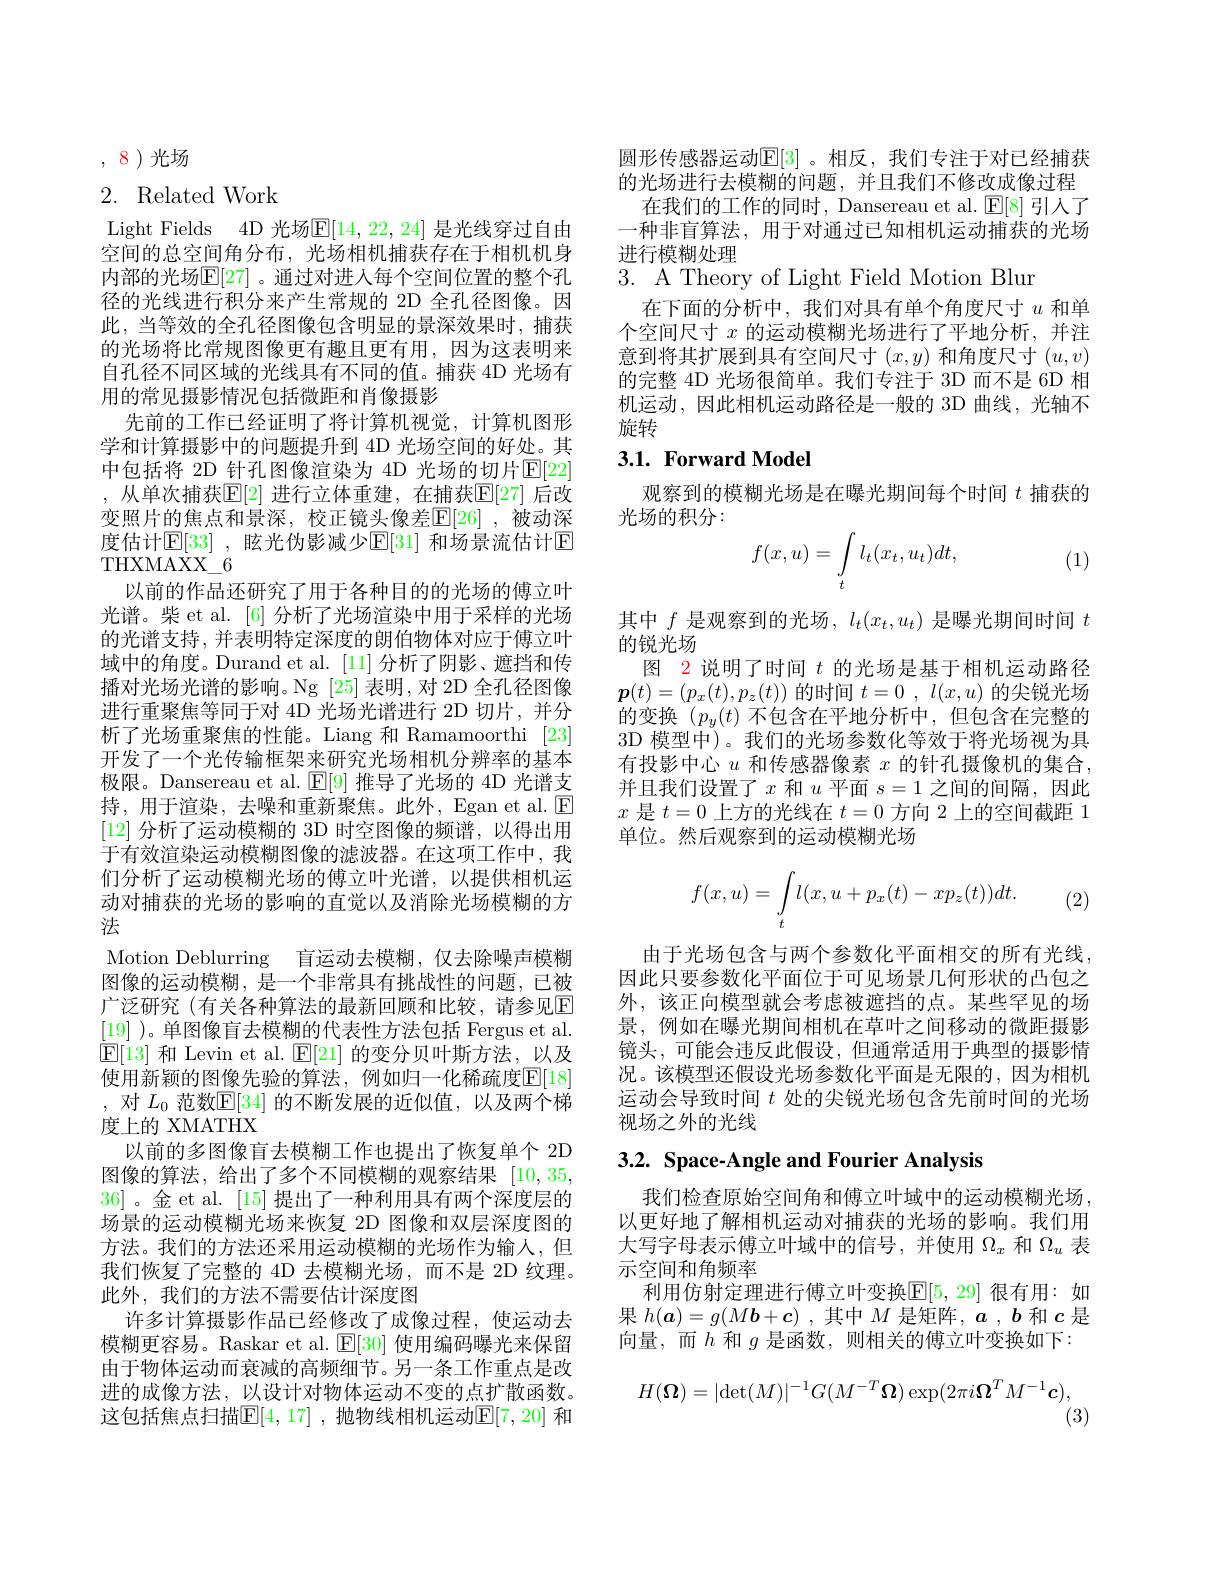
,8)光场

## 2. Related Work

Light Fields 4D 光场$\mathbb{E}[14,22,24]$ 是光线穿过自由空间的总空间角分布，光场相机捕获存在于相机机身内部的光场$\mathbb{E}[27]$ 。通过对进入每个空间位置的整个孔径的光线进行积分来产生常规的 2D 全孔径图像。因此，当等效的全孔径图像包含明显的景深效果时，捕获的光场将比常规图像更有趣且更有用，因为这表明来自孔径不同区域的光线具有不同的值。捕获 4D 光场有用的常见摄影情况包括微距和肖像摄影
先前的工作已经证明了将计算机视觉，计算机图形学和计算摄影中的问题提升到 4D 光场空间的好处。其中包括将 2D 针孔图像渲染为 4D 光场的切片$\operatorname{E}[22]$ ,从单次捕获$\mathbb{E}[2]$ 进行立体重建，在捕获$\mathbb{E}[27]$ 后改变照片的焦点和景深，校正镜头像差$\mathbb{E}[26]$ ,被动深度估计$\mathbb{E}[33]$ ,眩光伪影减少$\mathbb{E}[31]$ 和场景流估计$\mathbb{E}$ THXMAXX$\_$6
以前的作品还研究了用于各种目的的光场的傅立叶光谱。柴 et al. [6] 分析了光场渲染中用于采样的光场的光谱支持，并表明特定深度的朗伯物体对应于傅立叶域中的角度。Durand et al.[11] 分析了阴影、遮挡和传播对光场光谱的影响。Ng [25]表明，对 2D 全孔径图像进行重聚焦等同于对 4D 光场光谱进行 2D 切片，并分析了光场重聚焦的性能。Liang 和 Ramamoorthi [23] 开发了一个光传输框架来研究光场相机分辨率的基本极限。Dansereau et al. $\mathbb{E}[9]$推导了光场的 4D 光谱支持，用于渲染，去噪和重新聚焦。此外，Egan et al.$\boxed{\mathrm{E}}$ [12]分析了运动模糊的 3D 时空图像的频谱，以得出用于有效渲染运动模糊图像的滤波器。在这项工作中，我们分析了运动模糊光场的傅立叶光谱，以提供相机运动对捕获的光场的影响的直觉以及消除光场模糊的方法
Motion Deblurring 盲运动去模糊，仅去除噪声模糊图像的运动模糊，是一个非常具有挑战性的问题，已被广泛研究(有关各种算法的最新回顾和比较，请参见$\mathbb{E}$ [19] )。单图像盲去模糊的代表性方法包括 Fergus et al. $\boxed{\mathrm{E}[13]\text{ 和 Levin et al. }\mathbb{E}[21]\text{ 的变分贝叶斯方法，以及}}$ 使用新颖的图像先验的算法，例如归一化稀疏度$\mathbb{E}[18]$ ,对$L_0$范数$\mathbb{E}[34]$的不断发展的近似值，以及两个梯度上的 XMATHX
以前的多图像盲去模糊工作也提出了恢复单个 2D 图像的算法，给出了多个不同模糊的观察结果[10,35, 36]。金 et al. [15] 提出了一种利用具有两个深度层的场景的运动模糊光场来恢复 2D 图像和双层深度图的方法。我们的方法还采用运动模糊的光场作为输人，但我们恢复了完整的 4D 去模糊光场，而不是 2D 纹理。此外，我们的方法不需要估计深度图
许多计算摄影作品已经修改了成像过程，使运动去模糊更容易。Raskar et al. $\operatorname{E}[30]$使用编码曝光来保留由于物体运动而衰减的高频细节。另一条工作重点是改进的成像方法，以设计对物体运动不变的点扩散函数。这包括焦点扫描$\mathbb{E}[4,17]$ ,抛物线相机运动$\mathbb{E}[7,20]$ 和

圆形传感器运动$\mathbb{E}[3]$ 。相反，我们专注于对已经捕获的光场进行去模糊的问题，并且我们不修改成像过程
在我们的工作的同时，Dansereau et al. $\operatorname{E}[8]$引人了一种非盲算法，用于对通过已知相机运动捕获的光场进行模糊处理

3. A Theory of Light Field Motion Blur

在下面的分析中，我们对具有单个角度尺寸$u$和单个空间尺寸$x$的运动模糊光场进行了平地分析，并注意到将其扩展到具有空间尺寸$(x,y)$和角度尺寸$(u,v)$ 的完整 4D 光场很简单。我们专注于 3D 而不是 6D 相机运动，因此相机运动路径是一般的 3D 曲线，光轴不旋转

## $3. 1. \textbf{Forward Model}$

观察到的模糊光场是在曝光期间每个时间$t$捕获的
光场的积分：
$$f(x,u)=\int\limits_tl_t(x_t,u_t)dt,$$
(1)

其中$f$是观察到的光场$,l_t(x_t,u_t)$是曝光期间时间$t$
的锐光场
图 2 说明了时间$t$的光场是基于相机运动路径$\boldsymbol{p}(t)=(p_{x}(t),p_{z}(t))$的时间$t= 0$ , $l( x, u)$的尖锐光场的变换$(p_y(t)$不包含在平地分析中，但包含在完整的3D 模型中)。我们的光场参数化等效于将光场视为具有投影中心$u$和传感器像素$x$的针孔摄像机的集合， 并且我们设置了$x$和$u$平面$s=1$之间的间隔，因此$x$是$t=0$上方的光线在$t=0$方向 2 上的空间截距 1单位。然后观察到的运动模糊光场
$$f(x,u)=\int\limits_tl(x,u+p_x(t)-xp_z(t))dt.$$
(2)

由于光场包含与两个参数化平面相交的所有光线， 因此只要参数化平面位于可见场景几何形状的凸包之外，该正向模型就会考虑被遮挡的点。某些罕见的场景，例如在曝光期间相机在草叶之间移动的微距摄影镜头，可能会违反此假设，但通常适用于典型的摄影情况。该模型还假设光场参数化平面是无限的，因为相机运动会导致时间$t$处的尖锐光场包含先前时间的光场视场之外的光线

3.2. Space-Angle and Fourier Analysis

我们检查原始空间角和傅立叶域中的运动模糊光场， 以更好地了解相机运动对捕获的光场的影响。我们用大写字母表示傅立叶域中的信号，并使用$\Omega_x$和$\Omega_u$表示空间和角频率
利用仿射定理进行傅立叶变换$\mathbb{E}[5,29]$ 很有用：如果$h(\boldsymbol{a})=g(M\boldsymbol{b}+\boldsymbol{c})$ ,其中$M$是矩阵，$a$ , $b$和$c$是向量，而$h$和$g$是函数，则相关的傅立叶变换如下：
$$H(\boldsymbol{\Omega})=|\det(M)|^{-1}G(M^{-T}\boldsymbol{\Omega})\exp(2\pi i\boldsymbol{\Omega}^{T}M^{-1}\boldsymbol{c}),$$
(3)